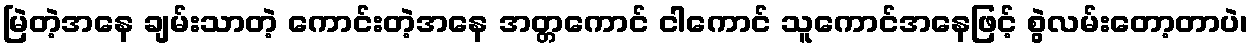
မြဲတဲ့အနေ ချမ်းသာတဲ့ ကောင်းတဲ့အနေ အတ္တကောင် ငါကောင် သူကောင်အနေဖြင့် စွဲလမ်းတော့တာပဲ၊